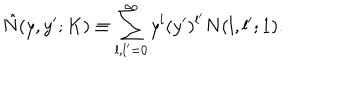
\hat { N } ( y , y ^ { \prime } ; K ) \equiv \sum _ { l , l ^ { \prime } = 0 } ^ { \infty } y ^ { l } ( y ^ { \prime } ) ^ { l ^ { \prime } } N ( l , l ^ { \prime } ; 1 ) .